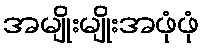
အမျိုးမျိုးအဖုံဖုံ